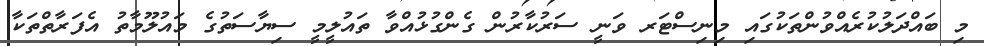
މި ބައްދަލުކުރެއްވުންތަކުގައި މިނިސްޓަރ ވަނީ ސަރުކާރުން ގެންގުޅުއްވާ ތައުލީމީ ސިޔާސަތުގެ މައުލޫމާތު އެފަރާތްތަކާ